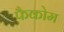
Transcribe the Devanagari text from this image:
फैकोम